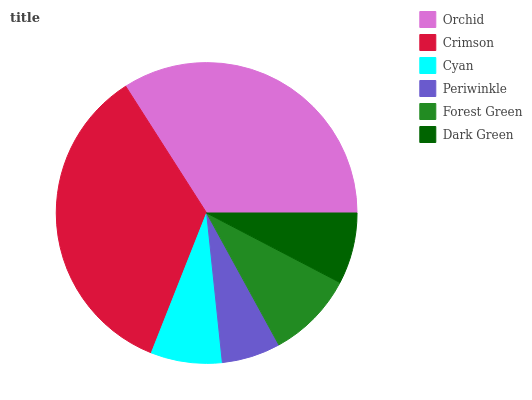
| Orchid | Crimson | Cyan | Periwinkle | Forest Green | Dark Green |
 | --- | --- | --- | --- | --- | --- |
 | 34% | 35% | 7.65% | 6.31% | 9.37% | 7.65% |